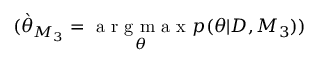
( \grave { \theta } _ { M _ { 3 } } = \underset { \theta } { \mathrm { ~ a ~ r ~ g ~ m ~ a ~ x ~ } } p ( \theta | D , M _ { 3 } ) )